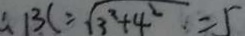
\therefore B C = \sqrt { 3 ^ { 2 } + 4 ^ { 2 } } = 5